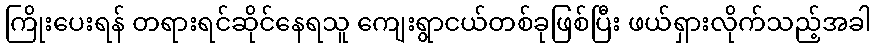
ကြိုးပေးရန် တရားရင်ဆိုင်နေရသူ ကျေးရွာငယ်တစ်ခုဖြစ်ပြီး ဖယ်ရှားလိုက်သည့်အခါ